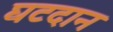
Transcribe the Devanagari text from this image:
घटदान